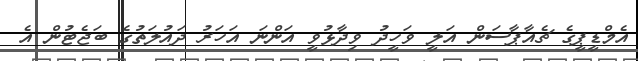
އެމްޑީޕީގެ ޗެއާޕާސަން އަލީ ވަހީދު ވިދާޅުވީ އަންނަ އަހަރު ދައުލަތުގެ ބަޖެޓުން އެ